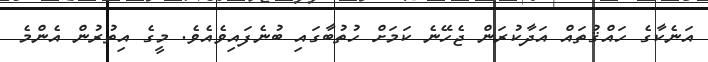
އަނެކާގެ ހައްޤުތައް އަދާކުރަން ޖެހޭނެ ކަމަށް ހުތުބާގައި ބުނެފައިވެއެވެ. މީގެ އިތުރުން އެންމެ